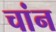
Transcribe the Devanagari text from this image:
चांन